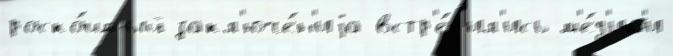
роско́шный закл'юче́н'иjа встр'е́т'ил'ись м'е́д'ик'и